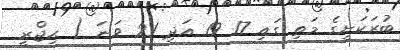
ބުރަކަށީގެ މަތި ގައި 17 19 އަދި 21 ވަނަ ( ޙިޖްރީ